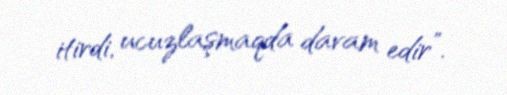
itirdi, ucuzlaşmaqda davam edir”.